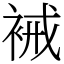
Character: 裓